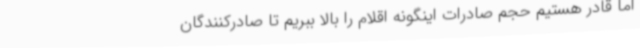
اما قادر هستیم حجم صادرات اینگونه اقلام را بالا ببریم تا صادرکنندگان